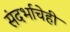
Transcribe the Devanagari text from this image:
संदर्भाचेही